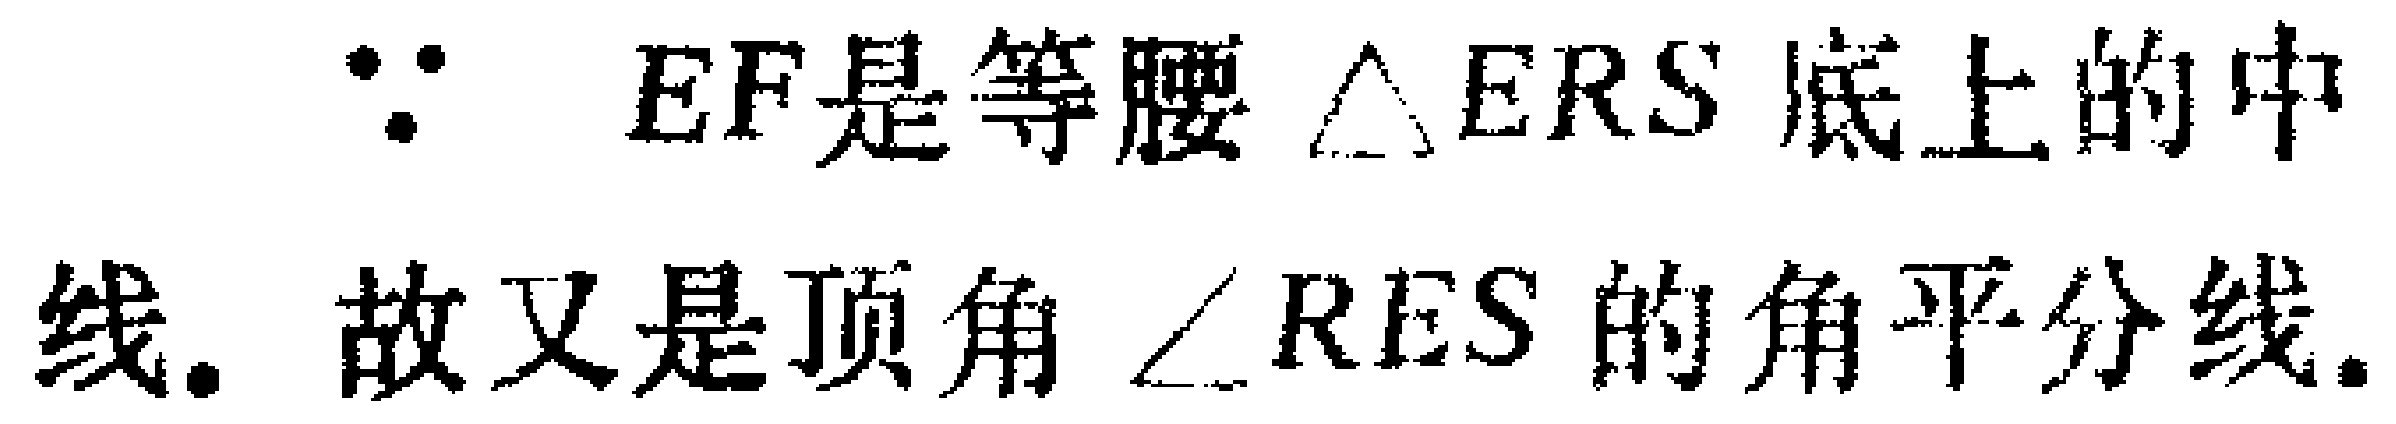
$\because EF是等腰\triangle ERS底上的中\\线. 故又是顶角\angle RES的角平分线.$